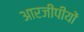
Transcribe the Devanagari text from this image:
आरजीपीयों